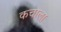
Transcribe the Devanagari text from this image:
कचाला